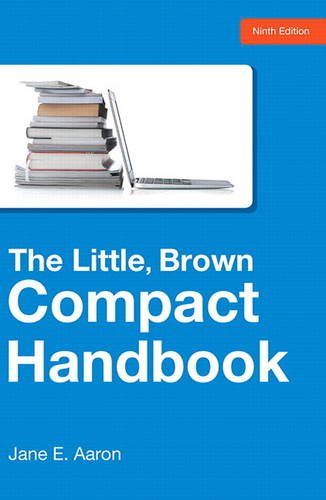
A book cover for The Little, Brown Compact Handbook (9th Edition); Jane E. Aaron; Reference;